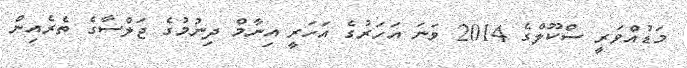
މަޑުއްވަރީ ސްކޫލްގެ 2014 ވަނަ އަހަރުގެ އަހަރީ އިނާމް ދިނުމުގެ ޖަލްސާގެ ތެރެއިން